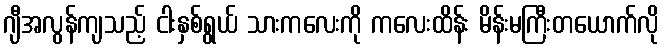
ဂျီအလွန်ကျသည့် ငါးနှစ်ရွယ် သားကလေးကို ကလေးထိန်း မိန်းမကြီးတယောက်လို